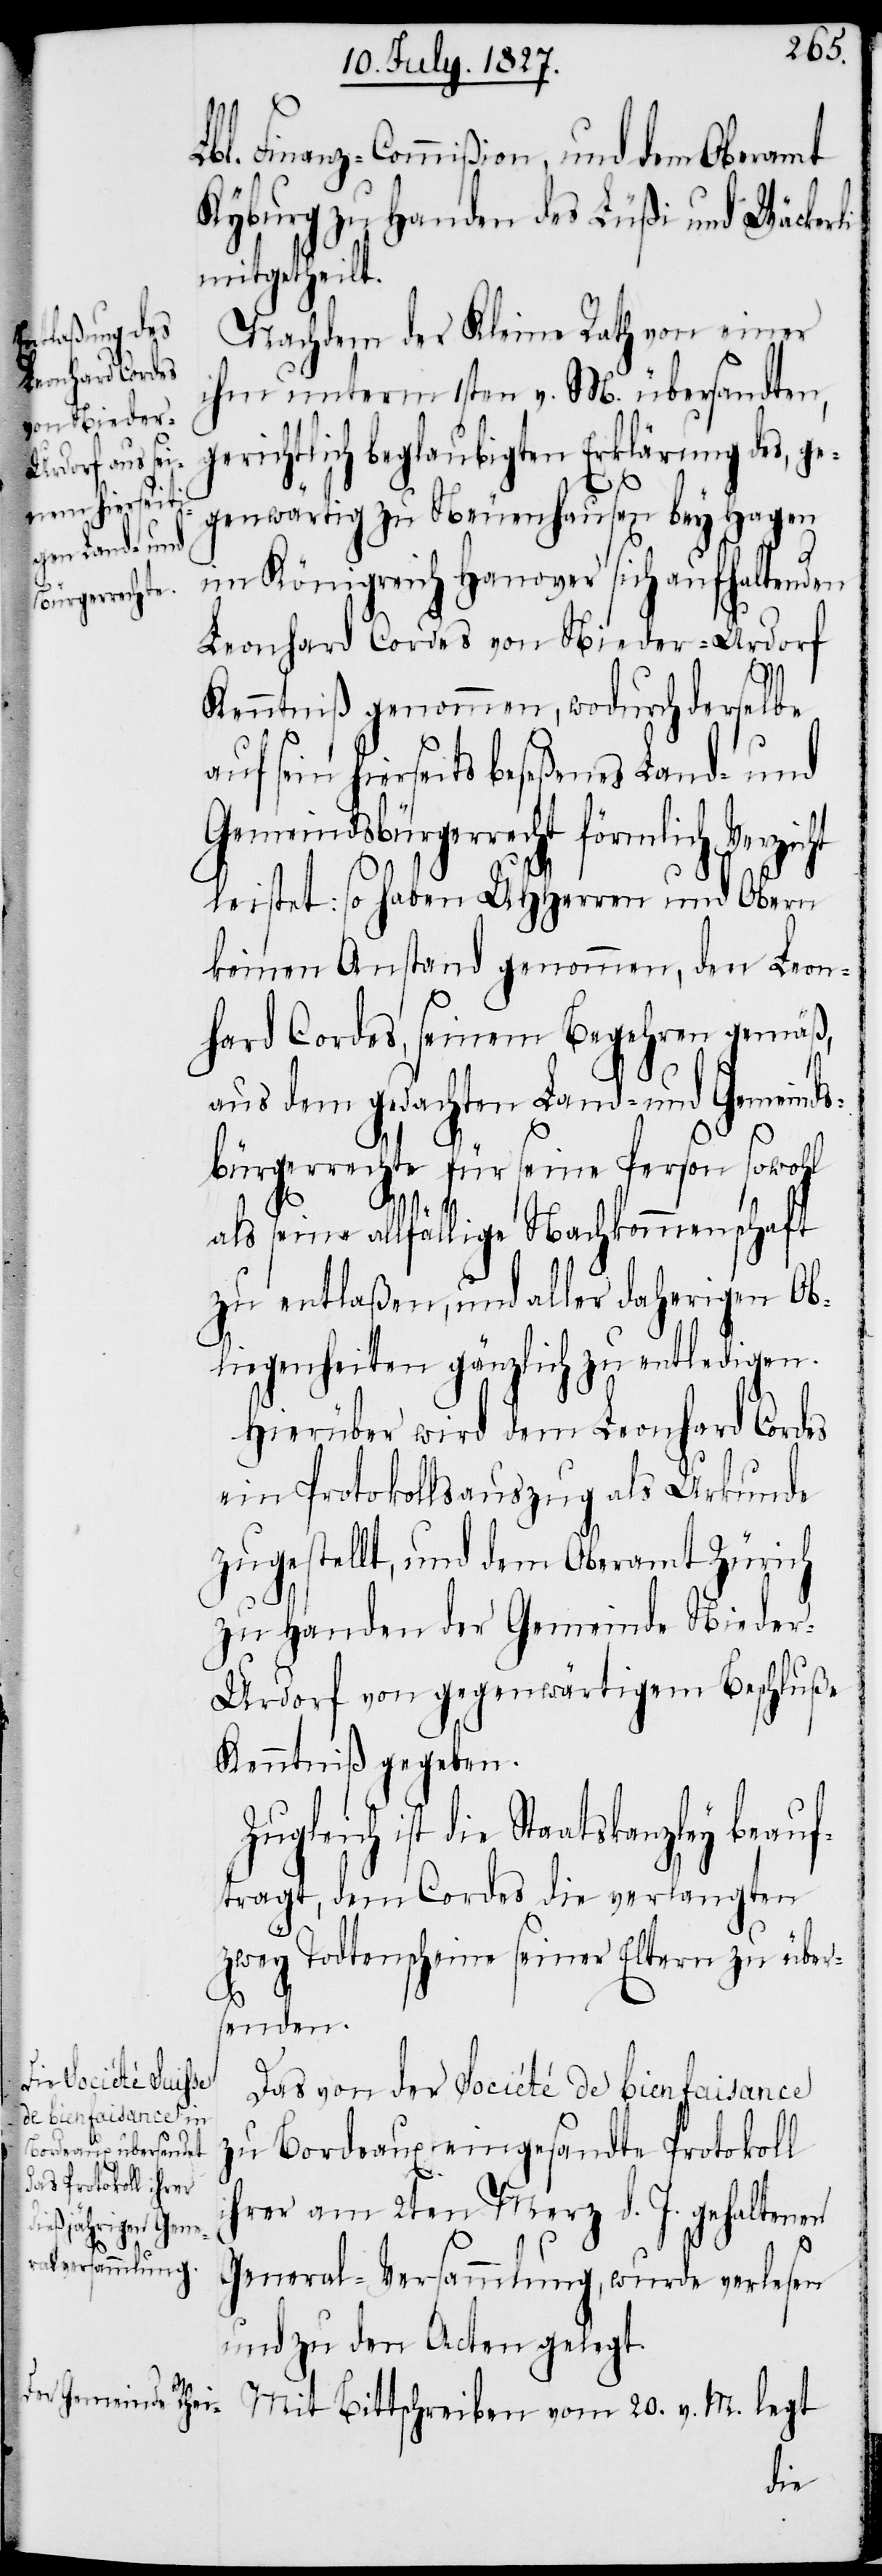
bl. Finanz-Commißion, und dem Oberamt
Kyburg zu Handen des Lüßi und Wäckerli
mitgetheilt.
Nachdem der Kleine Rath von einer
ihm unterm 1sten v. M. übersandten,
gerichtlich beglaubigten Erklärung des, ge¬
genwärtig zu Neuenhausen bey Hagen
im Königreich Hanover sich aufhaltenden
Leonhard Cordes von Nieder-Urdorf
ht
Kenntniß genommen, wodurch derselbe
uf sein hierseits beseßenes Land- und
Gemeindsbürgerrecht förmlich Verzic¬
leistet: so haben UHHerren und Obern
keinen Anstand genommen, den Leon¬
hard Cordes, seinem Begehren gemäß,
aus dem gedachten Land- und Gemeinds¬
bürgerrechte für seine Person sowohl
als seine allfällige Nachkommenschaft
zu entlaßen, und aller daherigen Ob¬
liegenheiten gänzlich zu entledigen.
Hierüber wird dem Leonhard Cordes
ein Protokollsauszug als Urkunde
zugestellt, und dem Oberamt Zürich
zu Handen der Gemeinde Niede¬
r-Urdorf von gegenwärtigem Beschluße
Kenntniß gegeben.
Zugleich ist die Staatskanzley beauf¬
tragt, dem Cordes die verlangten
zwey Todtenscheine seiner Eltern zu über¬
senden.
Das von der Société de Bienfaisance
zu Bordeaux eingesandte Protokoll
ihrer am 2ten Merz d. J. gehaltenen
General-Versammlung, wurde verlesen
und zu den Acten gelegt.
Mit Bittschreiben vom 20. v. M. legt